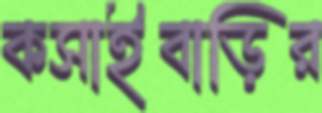
কসাইবাড়ির